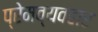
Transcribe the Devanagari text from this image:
प्रेमव्यवहार